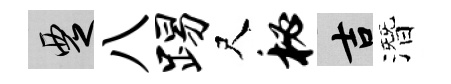
覂八踢尺秘吉潛